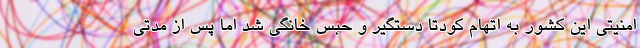
امنیتی این کشور به اتهام کودتا دستگیر و حبس خانگی شد اما پس از مدتی